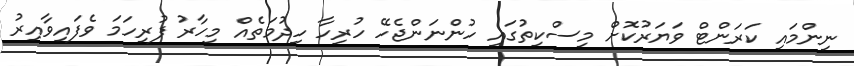
ނިންމައި ކަރަންޓް ވަޔަރުކޮށް މިސްކިތުގައި ހުންނަންޖެހޭ ހުރިހާ ހިދުމަތެއް މިހާރު ފުރިހަމަ ވެފައިވާއިރު